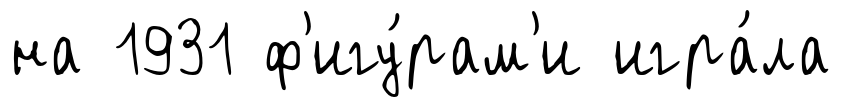
на 1931 ф'игу́рам'и игра́ла